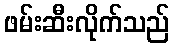
ဖမ်းဆီးလိုက်သည်